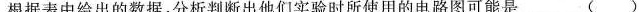
根据表中给出的数据，分析判断出他们实验时所使用的电路图可能是 ( )